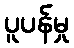
ပူပန်မှု